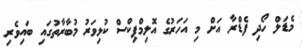
މެޑަލް ހޯދި ފެޑްރާ އަށް މި އަހަރުގެ އޮލިމްޕިކްސް ކުޅިވަރު މުބާރާތުގައި ބައިވެރި